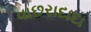
વાછરાદાદા